Physiological action of certain drugs in tablet form - Number 52A
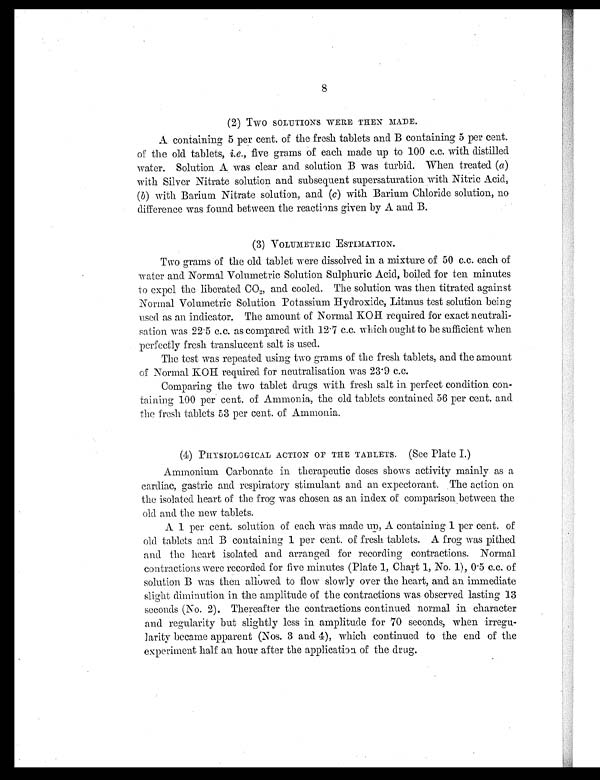
8
(2) Two SOLUTIONS WERE THEN MADE.
A containing 5 per cent. of the fresh tablets and B containing 5 per cent.
of the old tablets, i. e., five grams of each made up to 100 c.c. with distilled
water. Solution A was clear and solution B was turbid. When treated (a)
with Silver Nitrate solution and subsequent supersaturation with Nitric Acid,
(b) with Barium Nitrate solution, and (c) with Barium Chloride solution, no
difference was found between the reactions given by A and B.
(3) VOLUMETRIC ESTIMATION.
Two grams of the old tablet were dissolved in a mixture of 50 c.c. each of
water and Normal Volumetric Solution Sulphuric Acid, boiled for ten minutes
to expel the liberated CO2 and cooled. The solution was then titrated against
Normal Volumetric Solution Potassium Hydroxide, Litmus test solution being
used as an indicator. The amount of Normal KOH required for exact neutrali-
sation was 22.5 c.c. as compared with 12.7 c.c. which ought to be sufficient when
perfectly fresh translucent salt is used.
The test was repeated using two grams of the fresh tablets, and the amount
of Normal KOH required for neutralisation was 23.9 c.c.
Comparing the two tablet drugs with fresh salt in perfect condition con-
taining 100 per cent. of Ammonia, the old tablets contained 56 per cent. and
the fresh tablets 53 per cent. of Ammonia.
(4) PHYSIOLOGICAL ACTION OF THE TABLETS. (See Plate I.)
Ammonium Carbonate in therapeutic doses shows activity mainly as a
cardiac, gastric and respiratory stimulant and an expectorant. The action on
the isolated heart of the frog was chosen as an index of comparison between the
old and the new tablets.
A 1 per cent. solution of each was made up, A containing 1 per cent. of
old tablets and B containing 1 per cent. of fresh tablets. A frog was pithed
and the heart isolated and arranged for recording contractions. Normal
contractions were recorded for five minutes (Plate 1, Chart 1, No. 1), 0.5 c.c. of
solution B was then allowed to flow slowly over the heart, and an immediate
slight diminution in the amplitude of the contractions was observed lasting 13
seconds (No. 2). Thereafter the contractions continued normal in character
and regularity but slightly less in amplitude for 70 seconds, when irregu-
larity became apparent (Nos. 3 and 4), which continued to the end of the
experiment half an hour after the application of the drug.